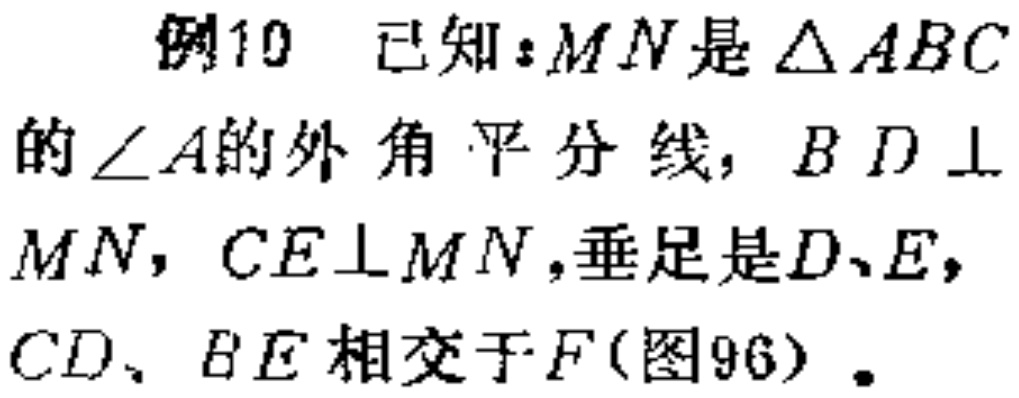
解 由\(y = \sqrt{x^{2}-2x + 2}=\sqrt{(x - 1)^{2}+1}\),得其定义域是\(\mathbf{R}\). 设\(f(t)=\sqrt{t},t = g(x)=x^{2}-2x + 2\),易知\(y = f(g(x))\). 由结论1,知\(g(x)=x^{2}-2x + 2\)在区间\([1,+\infty)\)上是增函数. 又\(f(t)=\sqrt{t}\)在区间\([1,+\infty)\)上是增函数,由结论7,知\(y = f(g(x))\)在区间\([1,+\infty)\)上是增函数. 所以填\([1,+\infty)\).